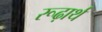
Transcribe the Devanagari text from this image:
रूढ़ार्थ